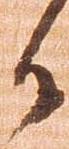
御